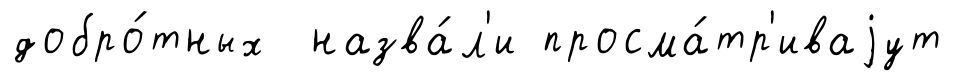
добро́тных назва́л'и просма́тр'иваjут